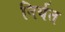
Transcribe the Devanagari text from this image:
निर्यत